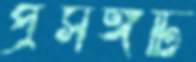
প্রসঙ্গটি